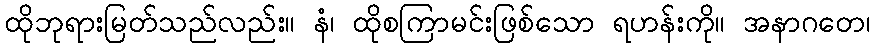
ထိုဘုရားမြတ်သည်လည်း။ နံ၊ ထိုစကြာမင်းဖြစ်သော ရဟန်းကို။ အနာဂတေ၊